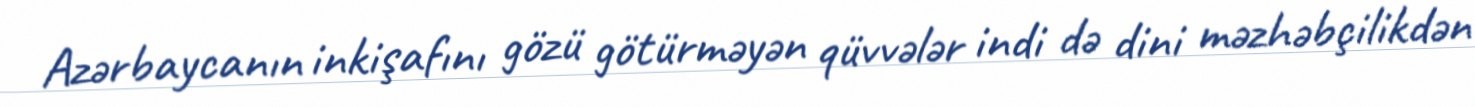
Azərbaycanın inkişafını gözü götürməyən qüvvələr indi də dini məzhəbçilikdən